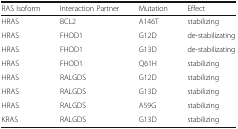
<table><thead><tr><td><b>RAS Isoform</b></td><td><b>Interaction Partner</b></td><td><b>Mutation</b></td><td><b>Effect</b></td></tr></thead><tbody><tr><td>HRAS</td><td>BCL2</td><td>A146T</td><td>stabilizing</td></tr><tr><td>HRAS</td><td>FHOD1</td><td>G12D</td><td>de-stabilizating</td></tr><tr><td>HRAS</td><td>FHOD1</td><td>G13D</td><td>de-stabilizating</td></tr><tr><td>HRAS</td><td>FHOD1</td><td>Q61H</td><td>stabilizing</td></tr><tr><td>HRAS</td><td>RALGDS</td><td>G12D</td><td>stabilizing</td></tr><tr><td>HRAS</td><td>RALGDS</td><td>G13D</td><td>stabilizing</td></tr><tr><td>HRAS</td><td>RALGDS</td><td>A59G</td><td>stabilizing</td></tr><tr><td>KRAS</td><td>RALGDS</td><td>G13D</td><td>stabilizing</td></tr></tbody></table>